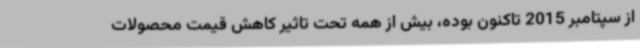
از سپتامبر 2015 تاکنون بوده، بیش از همه تحت تاثیر کاهش قیمت محصولات